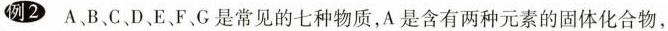
例2 A、B、C、D、E、F、G是常见的七种物质，A是含有两种元素的固体化合物，